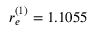
r _ { e } ^ { ( 1 ) } = 1 . 1 0 5 5